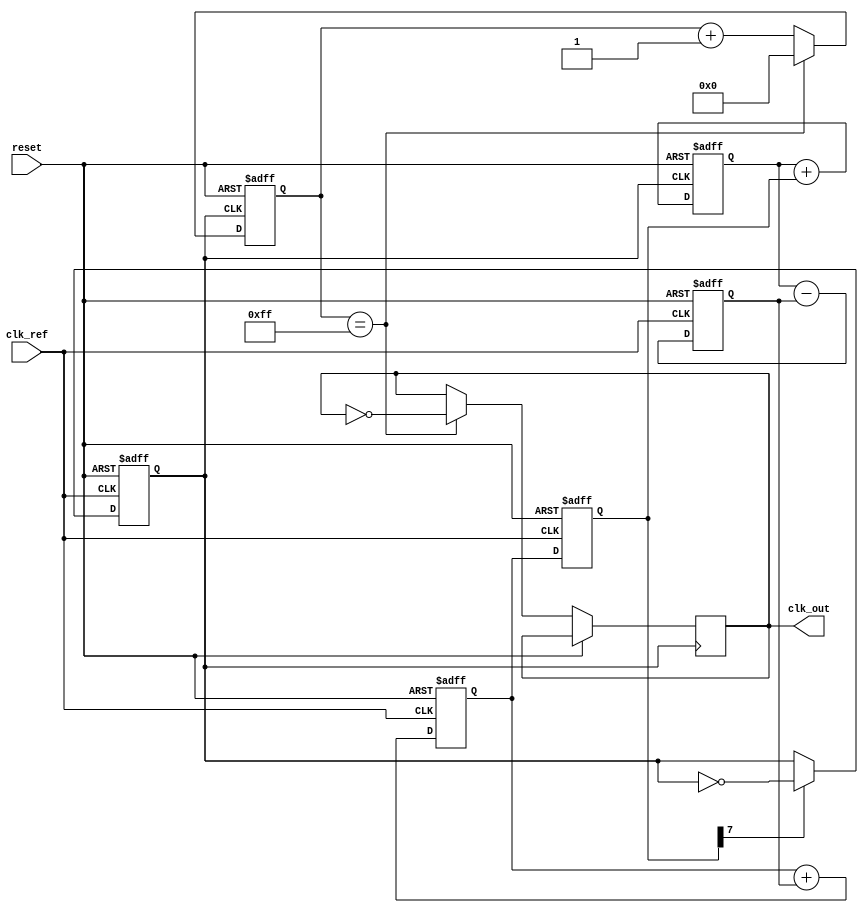
module adpll (
    input wire clk_ref,         // Reference clock input
    input wire reset,          // Reset signal
    output wire clk_out        // Output clock signal
);

// Parameters for DCO and loop filter
parameter N = 8;              // DCO frequency control bits
parameter PHASE_BITS = 8;     // Number of bits for phase representation

// Internal signals
reg [PHASE_BITS-1:0] phase_error;  // Phase error signal from PD
reg [N-1:0] dco_control;            // Control signal for DCO
reg [PHASE_BITS-1:0] phase_accum;   // Phase accumulator
reg clk_dco;                        // Output clock from DCO
reg [N-1:0] loop_filter;            // Loop filter output

// Phase Detector (PD)
always @(posedge clk_ref or posedge reset) begin
    if (reset) begin
        phase_error <= 0;
    end else begin
        phase_error <= phase_accum - phase_error; // Simple phase error calculation
    end
end

// Loop Filter (Simple Integrator)
always @(posedge clk_ref or posedge reset) begin
    if (reset) begin
        loop_filter <= 0;
    end else begin
        loop_filter <= loop_filter + phase_error; // Integrate the phase error
    end
end

// Digital Controlled Oscillator (DCO)
always @(posedge clk_ref or posedge reset) begin
    if (reset) begin
        dco_control <= 0;
        clk_dco <= 0;
    end else begin
        dco_control <= loop_filter; // Control DCO based on loop filter output
        // Simple toggle logic for DCO output based on control signal
        if (dco_control[N-1]) begin
            clk_dco <= ~clk_dco; // Toggle output clock
        end
    end
end

// Frequency Divider
reg [N-1:0] divider_count;
always @(posedge clk_dco or posedge reset) begin
    if (reset) begin
        divider_count <= 0;
    end else begin
        divider_count <= divider_count + 1;
        if (divider_count == (1 << N) - 1) begin
            clk_out <= ~clk_out; // Generate divided clock output
            divider_count <= 0;
        end
    end
end

// Phase Accumulator for DCO (Optional)
always @(posedge clk_dco or posedge reset) begin
    if (reset) begin
        phase_accum <= 0;
    end else begin
        phase_accum <= phase_accum + dco_control; // Accumulate phase based on DCO control
    end
end

endmodule